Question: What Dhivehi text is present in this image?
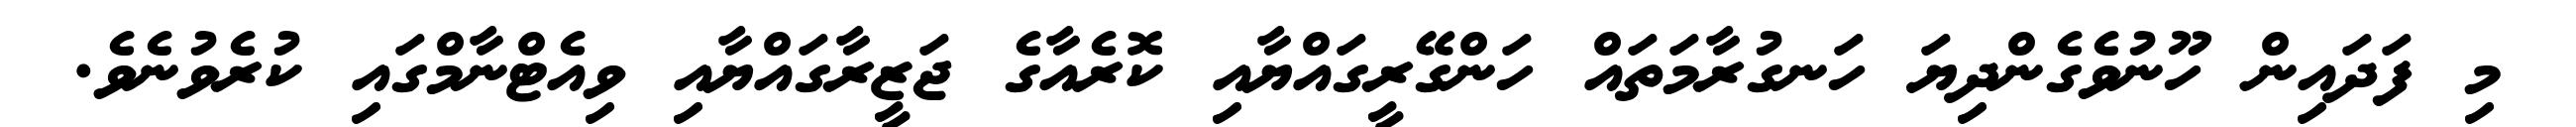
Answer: މި ފަދައިން ހޫނުވެގެންދިޔަ ހަނގުރާމަތައް ހަންގޭރީގައްޔާއި ކޮރެއާގެ ޖަޒީރާގައްޔާއި ވިއެޓްނާމްގައި ކުރެވުނެވެ.